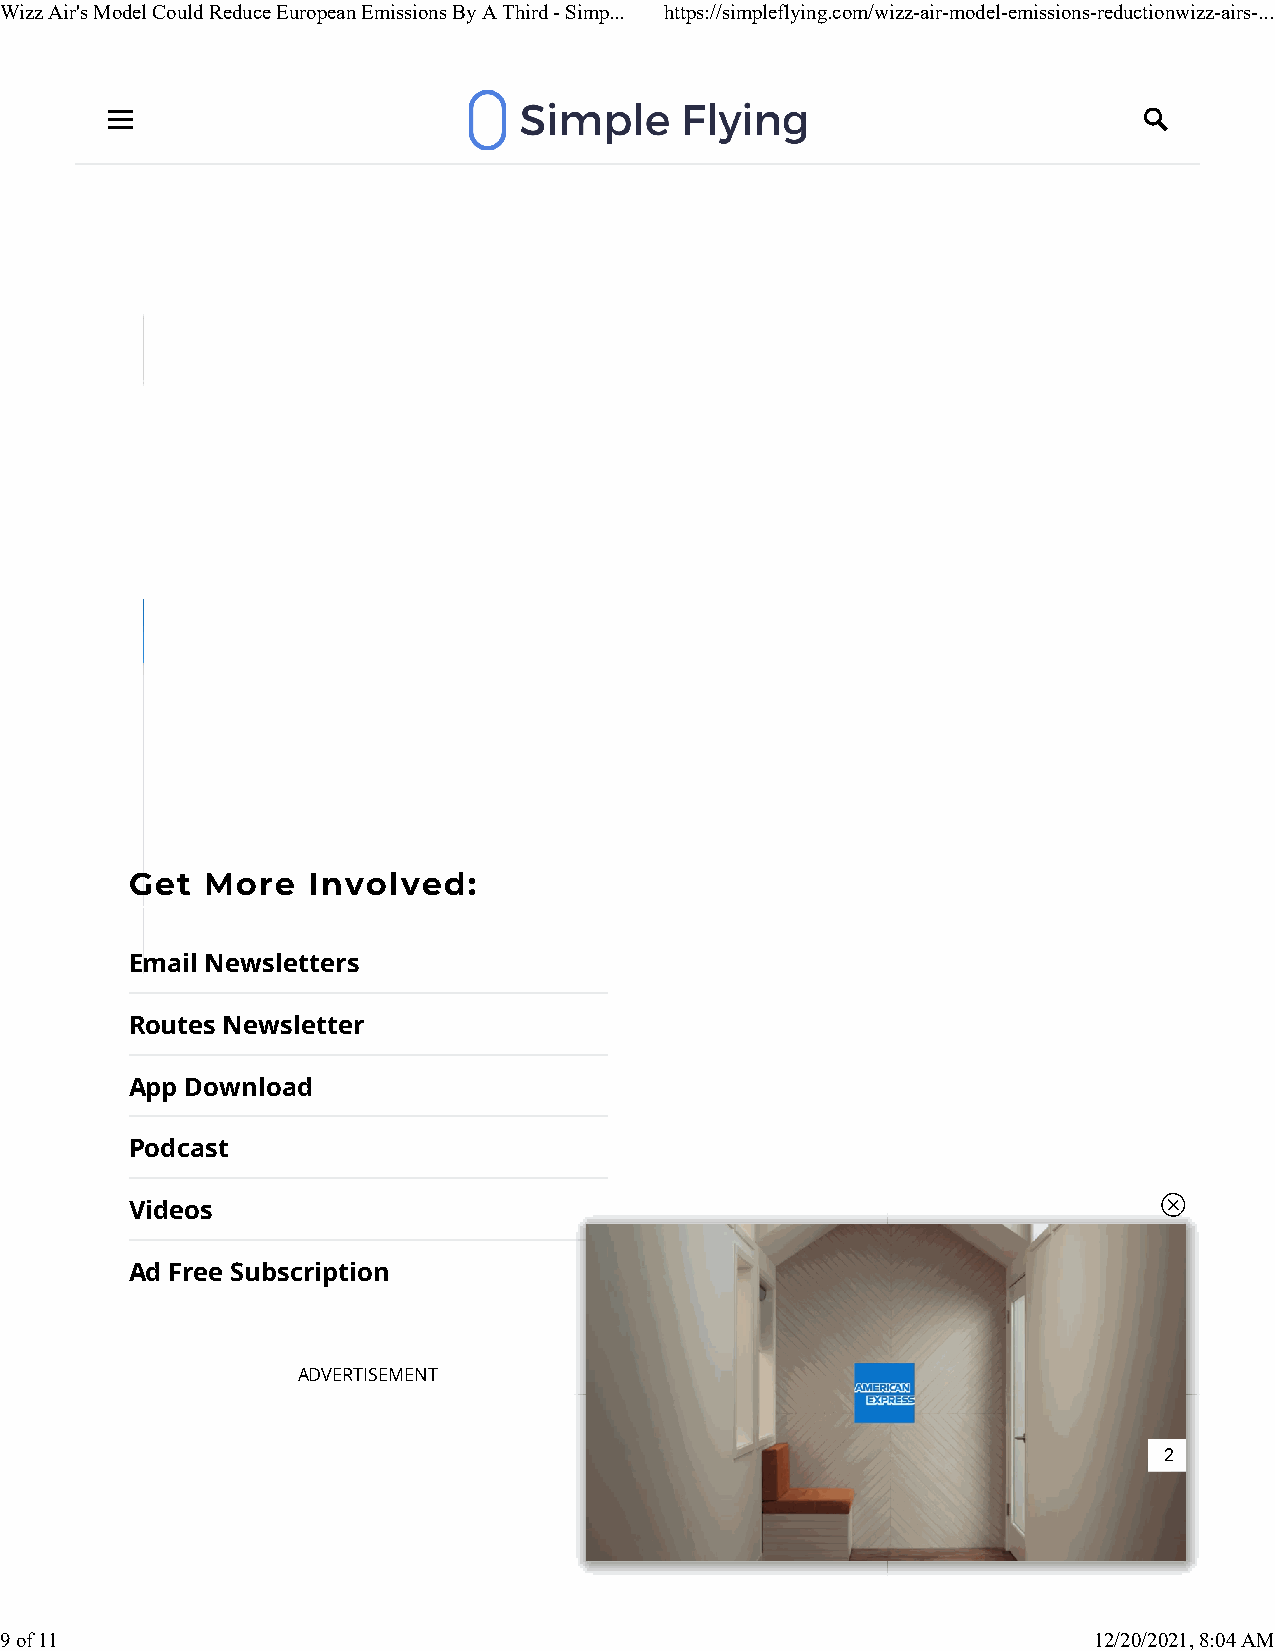
Wizz Air's Model Could Reduce European Emissions By A Third - Simp... https://simpleflying.com/wizz-air-model-emissions-reductionwizz-airs-...
 Tip of the Day
                                                                     
 Ad
                            
 Sponsored
 Sponsored
 Get  More  Involved:
 Email Newsletters
 Routes Newsletter
 App Download
 Podcast
 Videos
 Ad Free Subscription
 ADVERTISEMENT
 2
 9 of 11                                                                 12/20/2021, 8:04 AM